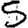
Digit: 5